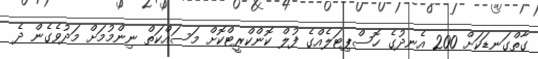
ގާތްގަނޑަކަށް 200 އެނދުގެ ހޮސްޕިޓަލެއްގެ ފުލް ކޮންކްރީޓްކޮށް މަސައްކަތް ނިންމުމަށް މަދުވެގެން ދެ